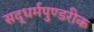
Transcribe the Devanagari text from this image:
सद्धर्मपुण्डरीक